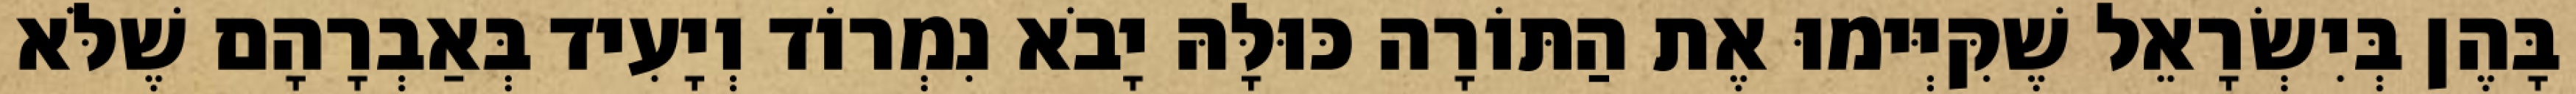
בָּהֶן בְּיִשְׂרָאֵל שֶׁקִּיְּימוּ אֶת הַתּוֹרָה כּוּלָּהּ יָבֹא נִמְרוֹד וְיָעִיד בְּאַבְרָהָם שֶׁלֹּא